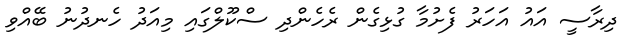
ދިރާސީ އައު އަހަރު ފެށުމާ ގުޅިގެން ރެހެންދި ސްކޫލްގައި މިއަދު ހެނދުނު ބޭއްވި